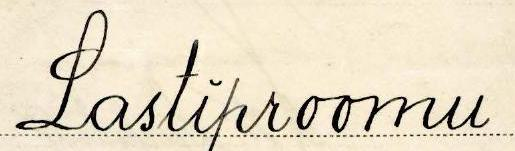
Lastiproomu